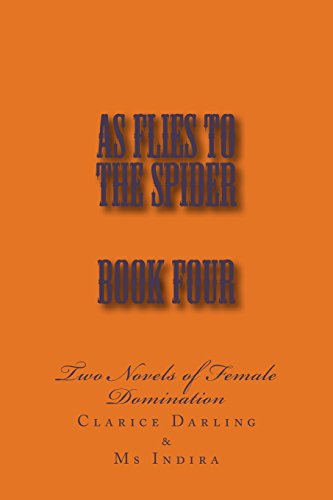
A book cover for As Flies to the Spider - Book Four: Two Novels of Female Domination (Volume 4); Stephen Glover; Romance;